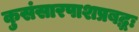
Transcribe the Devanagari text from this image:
कुसंसारपाशप्रबद्धः